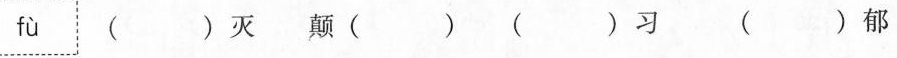
fù ()灭颠()()习 ()郁